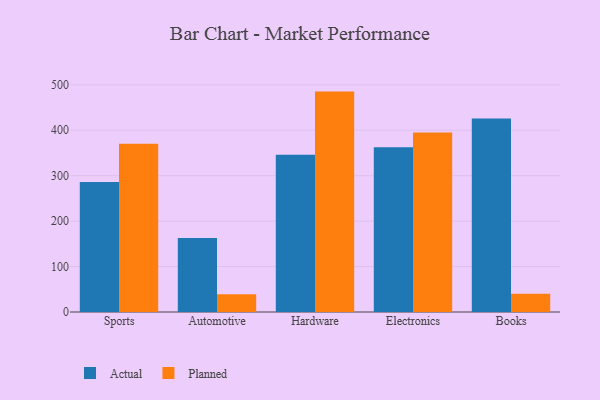
{"axis": {"x": "Category", "y": "Website Visitors"}, "legend": ["Actual", "Planned"], "data": [{"x": "Sports", "y": 286.4, "type": "Actual"}, {"x": "Sports", "y": 370.2, "type": "Planned"}, {"x": "Automotive", "y": 163.0, "type": "Actual"}, {"x": "Automotive", "y": 38.9, "type": "Planned"}, {"x": "Hardware", "y": 345.9, "type": "Actual"}, {"x": "Hardware", "y": 485.1, "type": "Planned"}, {"x": "Electronics", "y": 362.7, "type": "Actual"}, {"x": "Electronics", "y": 394.9, "type": "Planned"}, {"x": "Books", "y": 426.1, "type": "Actual"}, {"x": "Books", "y": 40.2, "type": "Planned"}]}